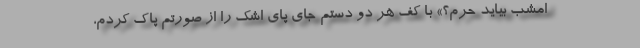
امشب بیاید حرم؟» با کف هر دو دستم جای پای اشک را از صورتم پاک کردم،